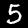
Label: 5